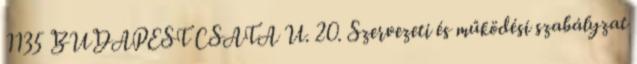
1135 BUDAPEST CSATA U. 20. Szervezeti és működési szabályzat